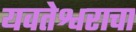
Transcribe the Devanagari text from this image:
यवतेश्वराचा